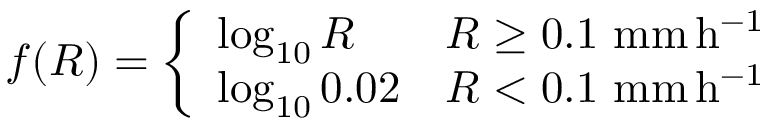
f ( R ) = \left\{ \begin{array} { l l } { \log _ { 1 0 } R } & { R \geq 0 . 1 \ \mathrm { m m \, h ^ { - 1 } } } \\ { \log _ { 1 0 } 0 . 0 2 } & { R < 0 . 1 \ \mathrm { m m \, h ^ { - 1 } } } \end{array} \right.